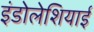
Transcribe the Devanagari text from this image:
इंडोलेशियाई